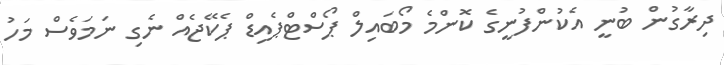
ދިރާގުން ބުނީ އެކުންފުނީގެ ކޮންމެ މޯބައިލް ޕޯސްޓްޕެއިޑް ޕެކޭޖެއް ނެގި ނަމަވެސް މަހު